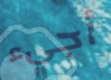
أجيء